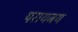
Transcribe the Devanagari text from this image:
परायजय